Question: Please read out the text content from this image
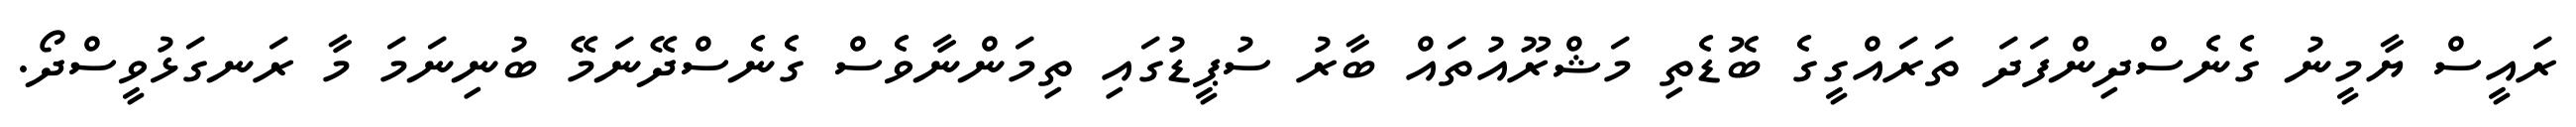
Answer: ރައީސް ޔާމީނު ގެނެސްދިންފަދަ ތަރައްގީގެ ބޮޑެތި މަޝްރޫއުތައް ބާރު ސުޕީޑުގައި ތިމަންނާވެސް ގެނެސްދޭނަމޭ ބުނިނަމަ މާ ރަނގަޅުވީސްދޯ.